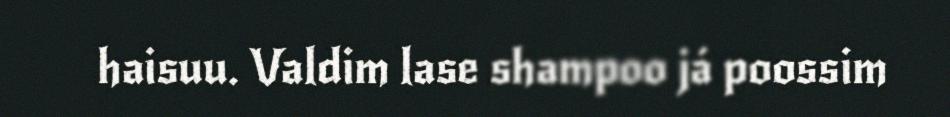
haisuu. Valdim lase shampoo já poossim